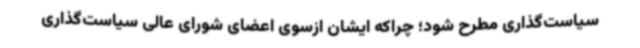
سیاست‌گذاری مطرح شود؛ چراکه ایشان ازسوی اعضای شورای عالی سیاست‌گذاری